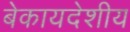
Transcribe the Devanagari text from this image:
बेकायदेशीय